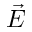
\vec { E }